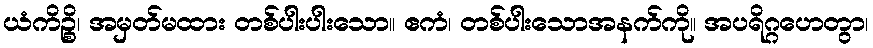
ယံကိဉ္စိ၊ အမှတ်မထား တစ်ပါးပါးသော။ ဧကံ၊ တစ်ပါးသောအနက်ကို။ အပရိဂ္ဂဟေတွာ၊